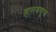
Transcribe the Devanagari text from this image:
हसवणूक